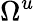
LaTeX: \Omega^{u}